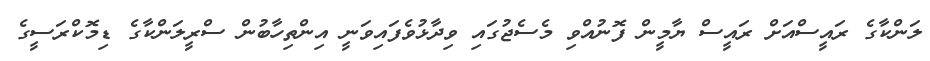
ލަންކާގެ ރައީސްއަށް ރައީސް ޔާމީން ފޮނުއްވި މެސެޖުގައި ވިދާޅުވެފައިވަނީ އިންތިހާބުން ސްރީލަންކާގެ ޑިމޮކްރަސީގެ